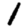
Digit: 1